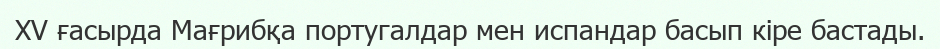
XV ғасырда Мағрибқа португалдар мен испандар басып кіре бастады.